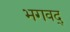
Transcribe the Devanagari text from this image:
भगवद्‍